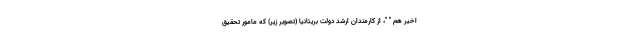
اخیر هم " "، از کارمندان ارشد دولت بریتانیا (تصویر زیر) که مامور تحقیق